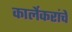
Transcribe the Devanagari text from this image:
कार्लेकरांचे